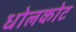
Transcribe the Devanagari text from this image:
धोलकोट